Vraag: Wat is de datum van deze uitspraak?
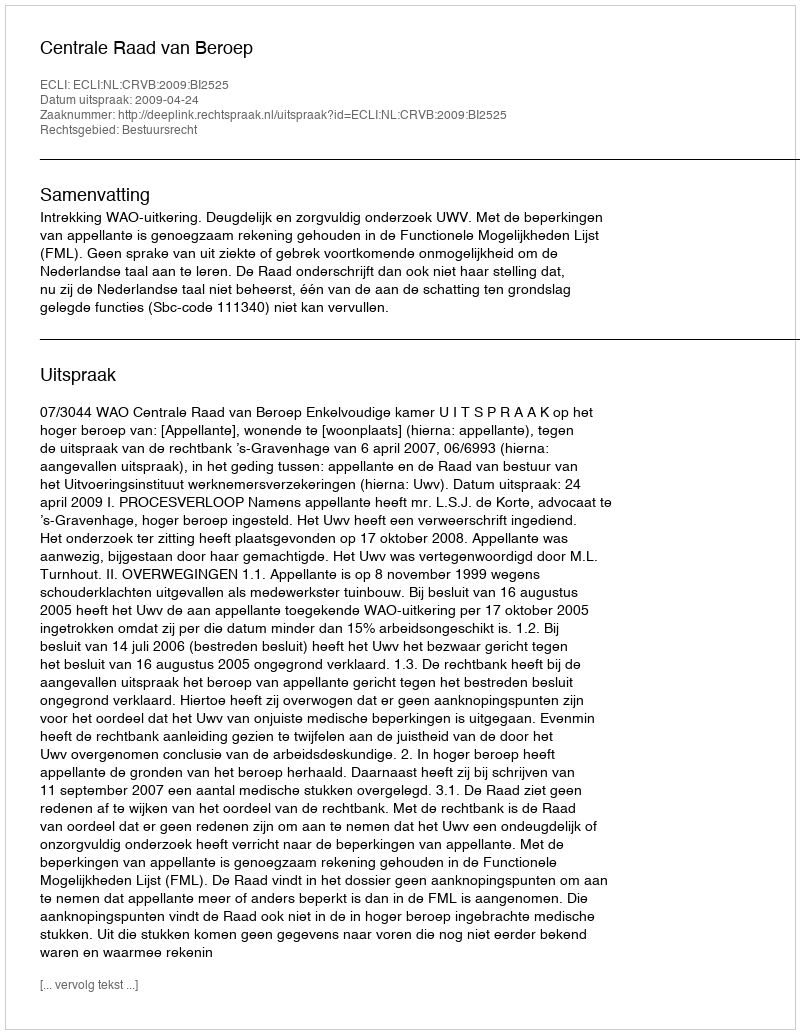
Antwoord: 2009-04-24